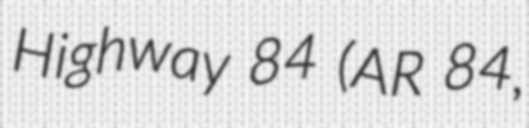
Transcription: Highway 84 (AR 84,